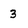
Character: 3